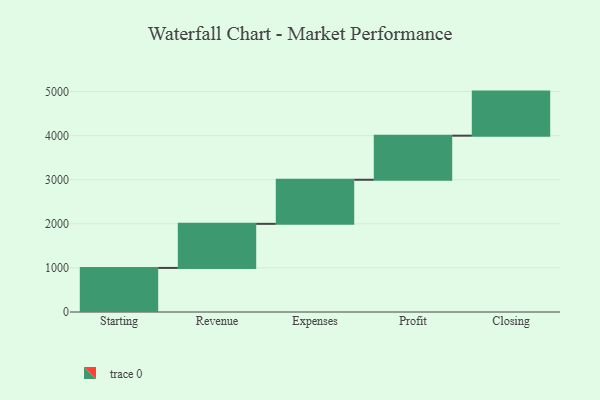
{"axis": {"x": "Step", "y": "Value"}, "legend": [""], "data": [{"x": "Starting", "y": 1000, "type": ""}, {"x": "Revenue", "y": 1000, "type": ""}, {"x": "Expenses", "y": 1000, "type": ""}, {"x": "Profit", "y": 1000, "type": ""}, {"x": "Closing", "y": 1000, "type": ""}]}